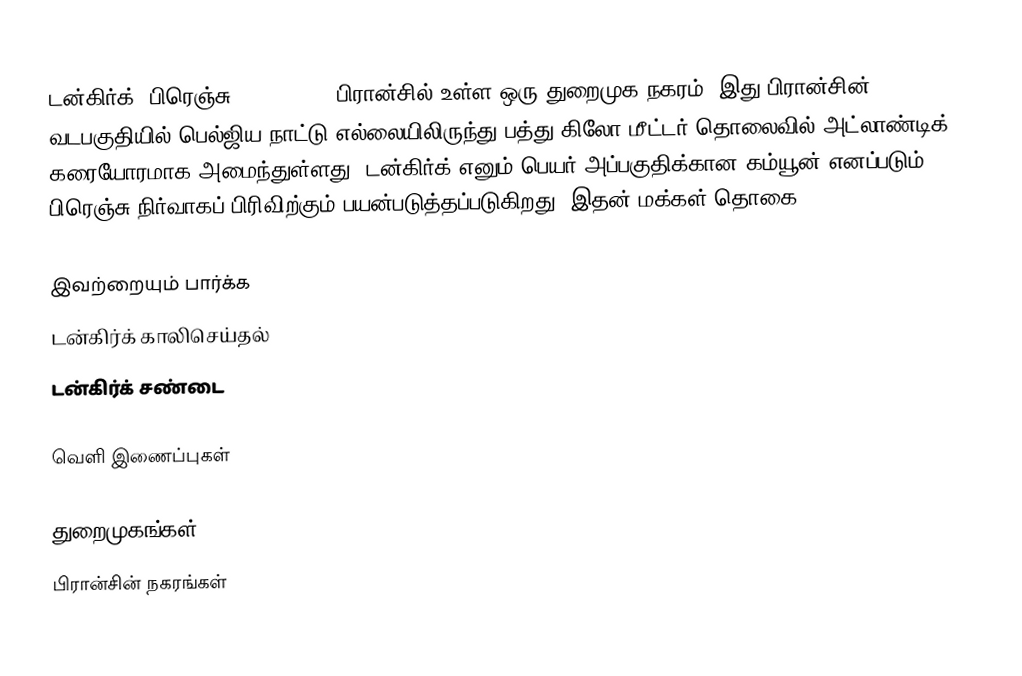
டன்கிர்க் (பிரெஞ்சு: Dunkerque) பிரான்சில் உள்ள ஒரு துறைமுக நகரம். இது பிரான்சின் வடபகுதியில் பெல்ஜிய நாட்டு எல்லையிலிருந்து பத்து கிலோ மீட்டர் தொலைவில்  அட்லாண்டிக் கரையோரமாக அமைந்துள்ளது. டன்கிர்க் எனும் பெயர் அப்பகுதிக்கான கம்யூன் எனப்படும் பிரெஞ்சு நிர்வாகப் பிரிவிற்கும் பயன்படுத்தப்படுகிறது. இதன் மக்கள் தொகை 70,850 (1999).

இவற்றையும் பார்க்க
டன்கிர்க் காலிசெய்தல்
டன்கிர்க் சண்டை

வெளி இணைப்புகள்

துறைமுகங்கள்
பிரான்சின் நகரங்கள்